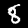
Label: 8